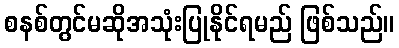
စနစ်တွင်မဆိုအသုံးပြုနိုင်ရမည် ဖြစ်သည်။